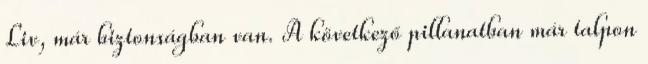
Liv, már biztonságban van. A következő pillanatban már talpon